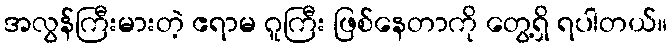
အလွန်ကြီးမားတဲ့ ဧရာမ ဂူကြီး ဖြစ်နေတာကို တွေ့ရှိ ရပါတယ်။